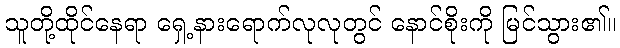
သူတို့ထိုင်နေရာ ရှေ့နားရောက်လုလုတွင် နောင်စိုးကို မြင်သွား၏။